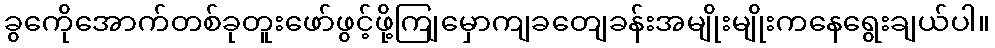
ခွကေိုအောက်တစ်ခုတူးဖော်ဖွင့်ဖို့ကျြမှောကျခတျေခန်းအမျိုးမျိုးကနေရွေးချယ်ပါ။